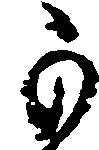
可